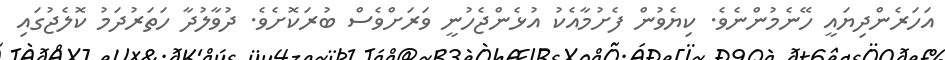
އަހަރެންދިޔައީ ހޭނެމުންނެވެ. ކިޔެވުން ފެށުމާއެކު އުޅެންޖެހުނީ ވަރަށްވެސް ބުރަކޮށެވެ. ދުވާލުދާ ހަތަރުދަމު ކޮލެޖުގައި